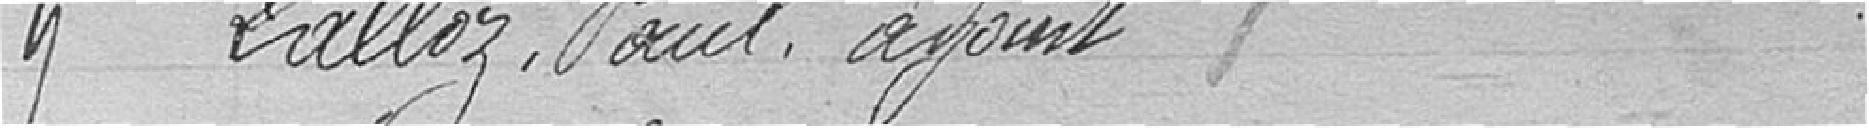
9. Lalloz, Paul, adjoint